Indian journal of veterinary science and animal husbandry - Volume 12,
Year: 1942
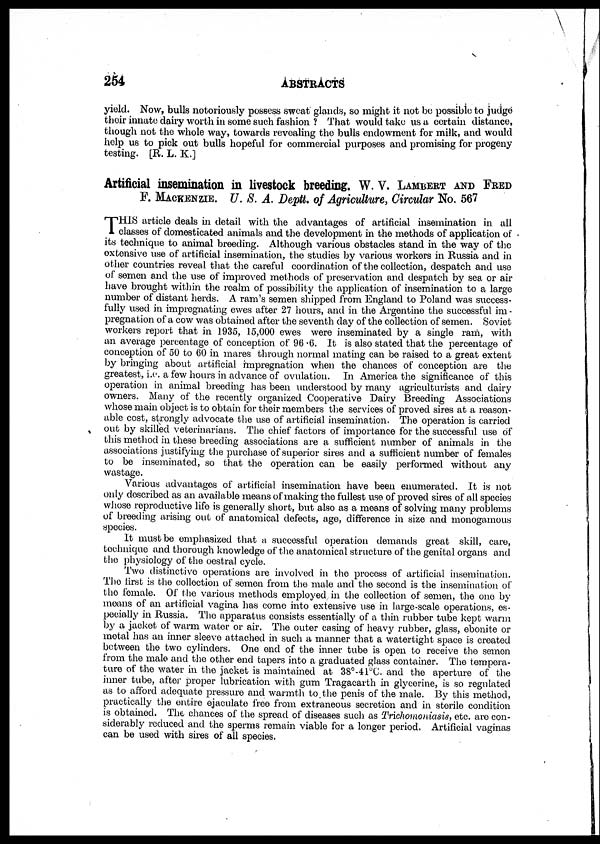
254
ABSTRACTS
yield. Now, bulls notoriously possess sweat glands, so might it not be possible to judge
their innate dairy worth in some such fashion ? That would take us a certain distance,
though not the whole way, towards revealing the bulls endowment for milk, and would
help us to pick out bulls hopeful for commercial purposes and promising for progeny
testing. [R. L. K.]
Artificial insemination in livestock breeding. W. V. LAMBERT AND FRED
F. MACKENZIE. U. S. A. Deptt. of Agriculture, Circular No. 567
T HIS article deals in detail with the advantages of artificial insemination in all
classes of domesticated animals and the development in the methods of application of
its technique to animal breeding. Although various obstacles stand in the way of the
extensive use of artificial insemination, the studies by various workers in Russia and in
other countries reveal that the careful coordination of the collection, despatch and use
of semen and the use of improved methods of preservation and despatch by sea or air
have brought within the realm of possibility the application of insemination to a large
number of distant herds. A ram's semen shipped from England to Poland was success-
fully used in impregnating ewes after 27 hours, and in the Argentine the successful im¬
pregnation of a cow was obtained after the seventh day of the collection of semen. Soviet
workers report that in 1935, 15,000 ewes were inseminated by a single ram, with
an average percentage of conception of 96.6. It is also stated that the percentage of
conception of 50 to 60 in mares through normal mating can be raised to a great extent
by bringing about artificial impregnation when the chances of conception are the
greatest, i.e. a few hours in advance of ovulation. In America the significance of this
operation in animal breeding has been understood by many agriculturists and dairy
owners. Many of the recently organized Cooperative Dairy Breeding Associations
whose main object is to obtain for their members the services of proved sires at a reason-
able cost, strongly advocate the use of artificial insemination. The operation is carried
out by skilled veterinarians. The chief factors of importance for the successful use of
this method in these breeding associations are a sufficient number of animals in the
associations justifying the purchase of superior sires and a sufficient number of females
to be inseminated, so that the operation can be easily performed without any
wastage.
Various advantages of artificial insemination have been enumerated. It is not
only described as an available means of making the fullest use of proved sires of all species
whose reproductive life is generally short, but also as a means of solving many problems
of breeding arising out of anatomical defects, age, difference in size and monogamous
species.
It must be emphasized that a successful operation demands great skill, care,
technique and thorough knowledge of the anatomical structure of the genital organs and
the physiology of the oestral cycle.
Two distinctive operations are involved in the process of artificial insemination.
The first is the collection of semen from the male and the second is the insemination of
the female. Of the various methods employed in the collection of semen, the one by
means of an artificial vagina has come into extensive use in large-scale operations, es-
pecially in Russia. The apparatus consists essentially of a thin rubber tube kept warm
by a jacket of warm water or air. The outer casing of heavy rubber, glass, ebonite or
metal has an inner sleeve attached in such a manner that a watertight space is created
between the two cylinders. One end of the inner tube is open to receive the semen
from the male and the other end tapers into a graduated glass container. The tempera-
ture of the water in the jacket is maintained at 38°-41°C. and the aperture of the
inner tube, after proper lubrication with gum Tragacarth in glycerine, is so regulated
as to afford adequate pressure and warmth to the penis of the male. By this method,
practically the entire ejaculate free from extraneous secretion and in sterile condition
is obtained. The chances of the spread of diseases such as Trichomoniasis, etc. are con-
siderably reduced and the sperms remain viable for a longer period. Artificial vaginas
can be used with sires of all species.